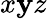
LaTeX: x\mathbf{y}z